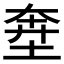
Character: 𱖸